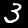
Label: 3